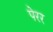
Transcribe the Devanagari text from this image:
पेरर